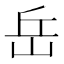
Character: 岳